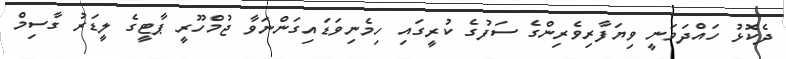
ދެކޮޅު ހައްދަވަނީ ވިޔަފާރިވެރިންގެ ސަފުގެ ކުރީގައި ހިމެނިވަޑައިގަންނަވާ ޖުމްހޫރީ ޕާޓީގެ ލީޑަރު ގާސިމް